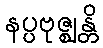
နပ္ပဗုဇ္ဈန္တိ